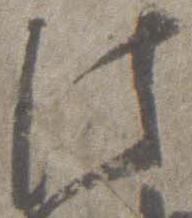
法